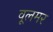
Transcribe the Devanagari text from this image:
वूलमर